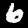
Digit: 6